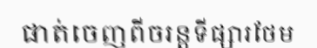
ផាត់ចេញពីចរន្តទីផ្សារថែម